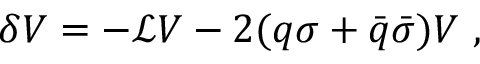
\delta V = - { \mathcal L } V - 2 ( q \sigma + { \bar { q } } { \bar { \sigma } } ) V \ ,